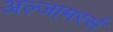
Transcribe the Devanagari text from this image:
अल्जामरर्स